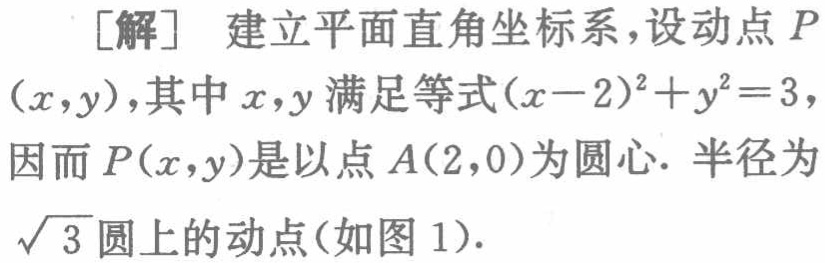
[解] 建立平面直角坐标系,设动点 \(P(x,y)\),其中 \(x,y\) 满足等式 \((x - 2)^{2}+y^{2}=3\),因而 \(P(x,y)\) 是以点 \(A(2,0)\) 为圆心. 半径为 \(\sqrt{3}\) 圆上的动点(如图 1).